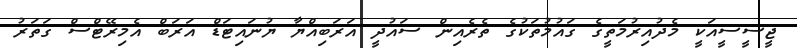
ޖީސީސީއަކީ މެދުއިރުމަތީގެ ގައުމުތަކުގެ ތެރެއިން ސައުދީ އަރަބިއްޔާ ޔުނައިޓަޑް އަރަބް އެމިރޭޓްސް ގަތަރު